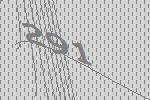
291